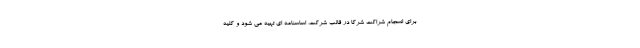
برای انسجام شراکت شرکا در قالب شرکت، اساسنامه ای تهیه می شود و کلیه